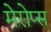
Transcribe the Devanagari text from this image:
मेरोप्स